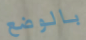
بالوضع